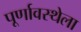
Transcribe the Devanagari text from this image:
पूर्णावस्थेला